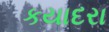
કયાદરા